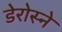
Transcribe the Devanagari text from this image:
डेरोस्ने